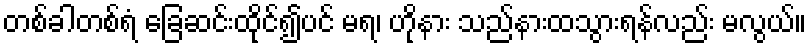
တစ်ခါတစ်ရံ ခြေဆင်းထိုင်၍ပင် မရ၊ ဟိုနား သည်နားထသွားရန်လည်း မလွယ်။